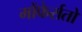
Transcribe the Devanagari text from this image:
मोंफेर्रातो